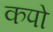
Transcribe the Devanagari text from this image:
कपो